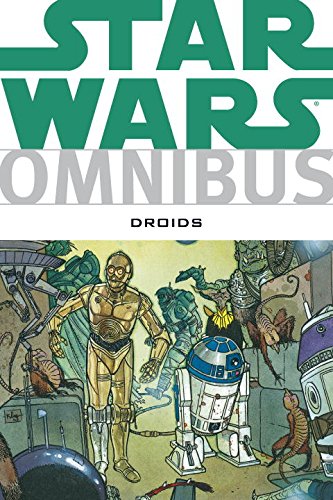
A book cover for Star Wars Omnibus: Droids; Dan Thorsland; Teen & Young Adult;